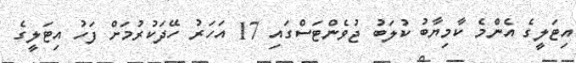
އިޓަލީގެ އެންމެ ކާމިޔާބު ކުލަބު ޖުވެންޓަސްގައި 17 އަހަރު ހޭދަކުރުމަށް ފަހު އިޓަލީގެ